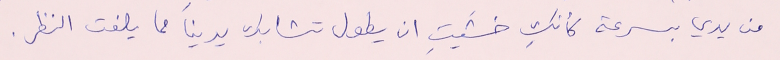
من يدي بسرعة كأنكِ خشّيتٍ ان يطول تشابك يدينا مما يلفت النظر.